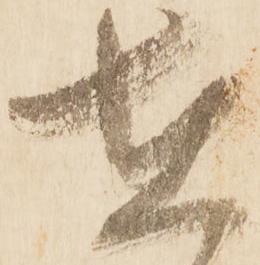
在